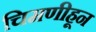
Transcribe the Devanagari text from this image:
चिमणीहून